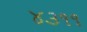
૪૩૧૧